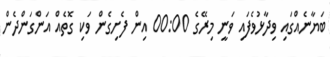
ބަޔާނެއްގައި ވިދާޅުވެފައި ވަނީ މިރޭގެ 00:00 އިން ފެށިގެން ވަކި ގޮތެއް އަންގަންދެން